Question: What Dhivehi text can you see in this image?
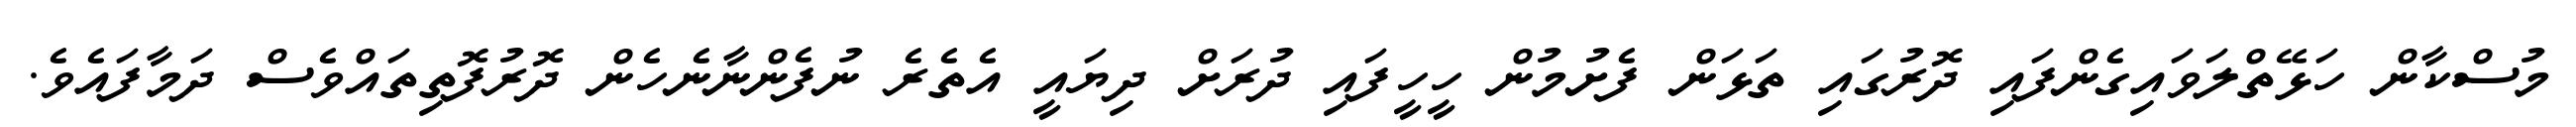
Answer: މުސްކާން ހަޅޭތްލަވައިގެންފައި ދޮރުގައި ތަޅަން ފެށުމުން ހީހީފައި ދުރަށް ދިޔައީ އެތެރެ ނުފެންނާނެހެން ދޮރުފޮތިތައްވެސް ދަމާފައެވެ.